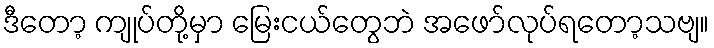
ဒီတော့ ကျုပ်တို့မှာ မြေးငယ်တွေဘဲ အဖော်လုပ်ရတော့သဗျ။